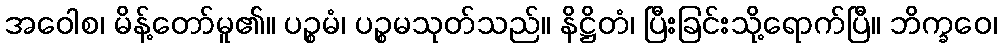
အဝေါစ၊ မိန့်တော်မူ၏။ ပဉ္စမံ၊ ပဉ္စမသုတ်သည်။ နိဋ္ဌိတံ၊ ပြီးခြင်းသို့ရောက်ပြီ။ ဘိက္ခဝေ၊